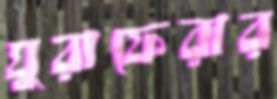
ঘুরাফেরার